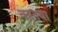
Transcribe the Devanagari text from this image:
कातया